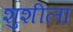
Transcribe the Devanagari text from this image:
शुशीला